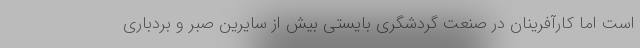
است اما کارآفرینان در صنعت گردشگری بایستی بیش از سایرین صبر و بردباری